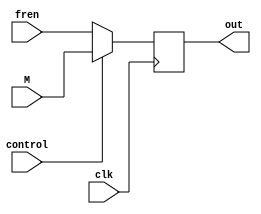
/******************************************************************************************
Author:  
E-mail 1390000666@qq.com
Device:  DSE-EP2C5
Tool:    Quartus 9.0
Function:()
Version: 2022-3-24 v1.0
********************************************************************************************/
module print(clk,M,fren,control,out);
input [19:0] M;
input [19:0] fren;
input clk,control;
output reg [19:0] out;

always @(posedge clk) begin
    if(control==1)
        out[19:0] <= M[19:0];
    else
        out[19:0] <= fren[19:0];
end

endmodule